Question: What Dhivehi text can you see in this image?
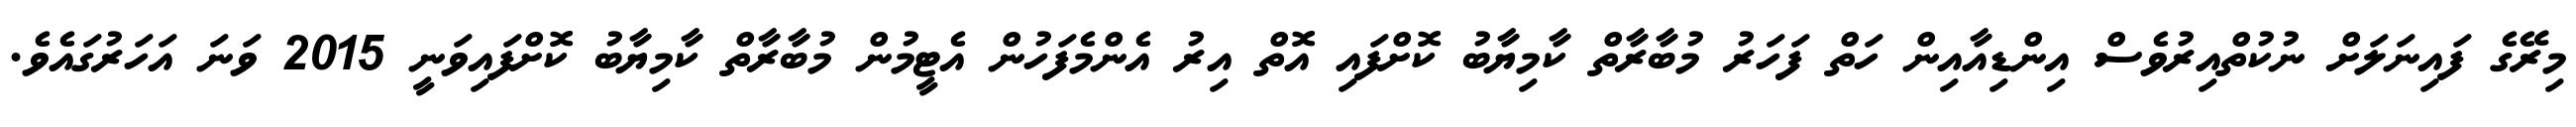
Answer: މިރޭގެ ފައިނަލަށް ނުކުތްއިރުވެސް އިންޑިއާއިން ހަތް ފަހަރު މުބާރާތް ކާމިޔާބު ކޮށްފައި އޮތް އިރު އެންމެފަހުން އެޓީމުން މުބާރާތް ކާމިޔާބު ކޮށްފައިވަނީ 2015 ވަނަ އަހަރުގައެވެ.